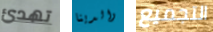
تهدئ والدينا التجميع